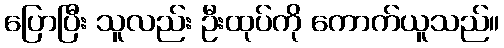
ပြောပြီး သူလည်း ဦးထုပ်ကို ကောက်ယူသည်။